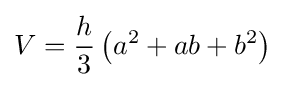
V={\frac {h}{3}}\left(a^{2}+ab+b^{2}\right)